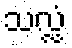
သလ္လံ